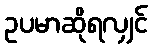
ဥပမာဆိုရလျှင်